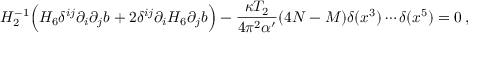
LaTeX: H _ { 2 } ^ { - 1 } \Big ( H _ { 6 } \delta ^ { i j } \partial _ { i } \partial _ { j } b + 2 \delta ^ { i j } \partial _ { i } H _ { 6 } \partial _ { j } b \Big ) - \frac { \kappa T _ { 2 } } { 4 \pi ^ { 2 } \alpha ^ { \prime } } ( 4 N - M ) \delta ( x ^ { 3 } ) \cdots \delta ( x ^ { 5 } ) = 0 \, ,